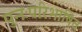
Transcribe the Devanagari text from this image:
पुनःपरिभाषित